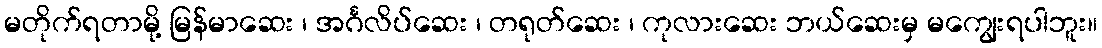
မတိုက်ရတာမို့ မြန်မာဆေး ၊ အင်္ဂလိပ်ဆေး ၊ တရုတ်ဆေး ၊ ကုလားဆေး ဘယ်ဆေးမှ မကျွေးရပါဘူး။